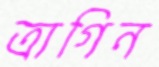
ত্রাগিন